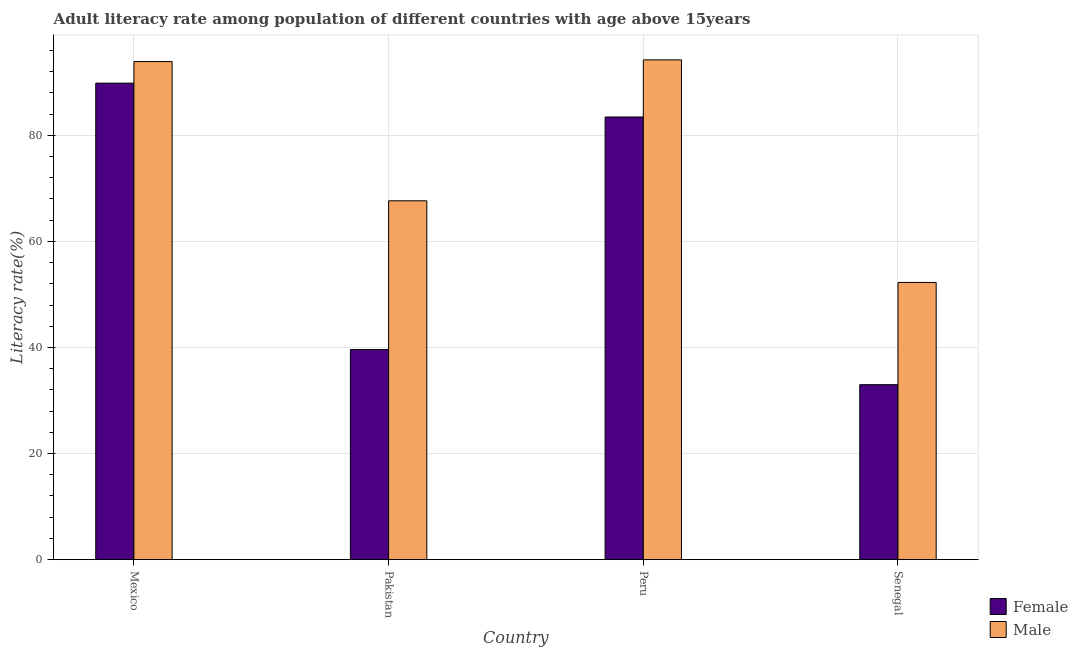
| Country | Female | Male |
 | --- | --- | --- |
 | Mexico | 89.8 | 93.9 |
 | Pakistan | 39.6 | 67.7 |
 | Peru | 83.5 | 94.2 |
 | Senegal | 33 | 52.3 |